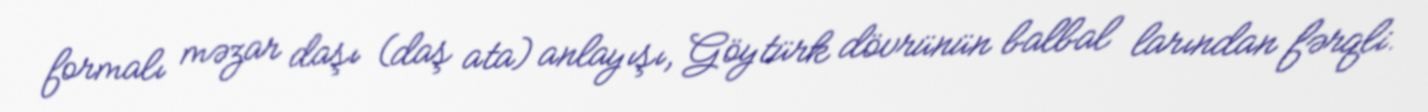
formalı məzar daşı (daş ata) anlayışı, Göytürk dövrünün balbal larından fərqli.